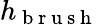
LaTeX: h_{\mathrm{~b~r~u~s~h~}}